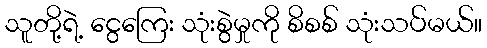
သူတို့ရဲ့ ငွေကြေး သုံးစွဲမှုကို စိစစ် သုံးသပ်မယ်။